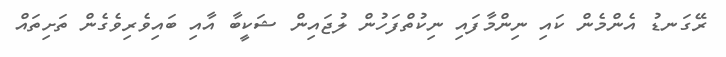
ރޭގަނޑު އެންމެން ކައި ނިންމާފައި ނިކުތްފަހުން ލުޖައިން ޝަކީބާ އާއި ބައިވެރިވެގެން ތަށިތައް